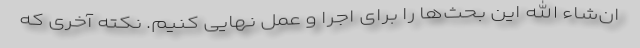
ان‌شاء الله این بحث‌ها را برای اجرا و عمل نهایی کنیم. نکته آخری که